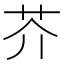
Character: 芥